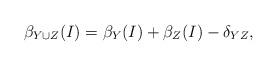
LaTeX: \begin{align*}\beta_{Y\cup Z}(I)=\beta_{Y}(I)+\beta_{Z}(I)-\delta_{YZ},\end{align*}